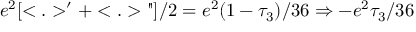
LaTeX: e ^ { 2 } [ < . > ^ { \prime } + < . > " ] / 2 = e ^ { 2 } ( 1 - \tau _ { 3 } ) / 3 6 \Rightarrow - e ^ { 2 } \tau _ { 3 } / 3 6